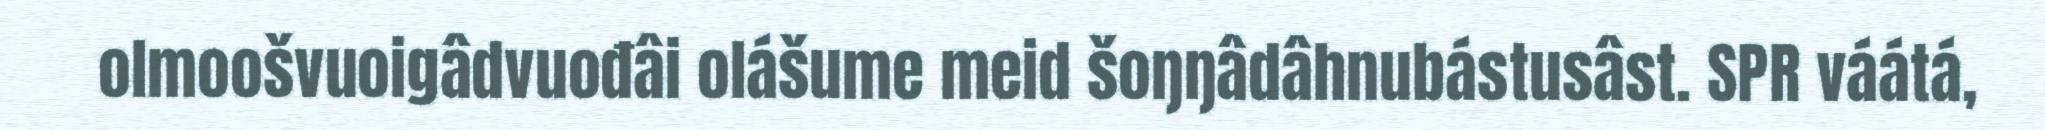
olmoošvuoigâdvuođâi olášume meid šoŋŋâdâhnubástusâst. SPR váátá,